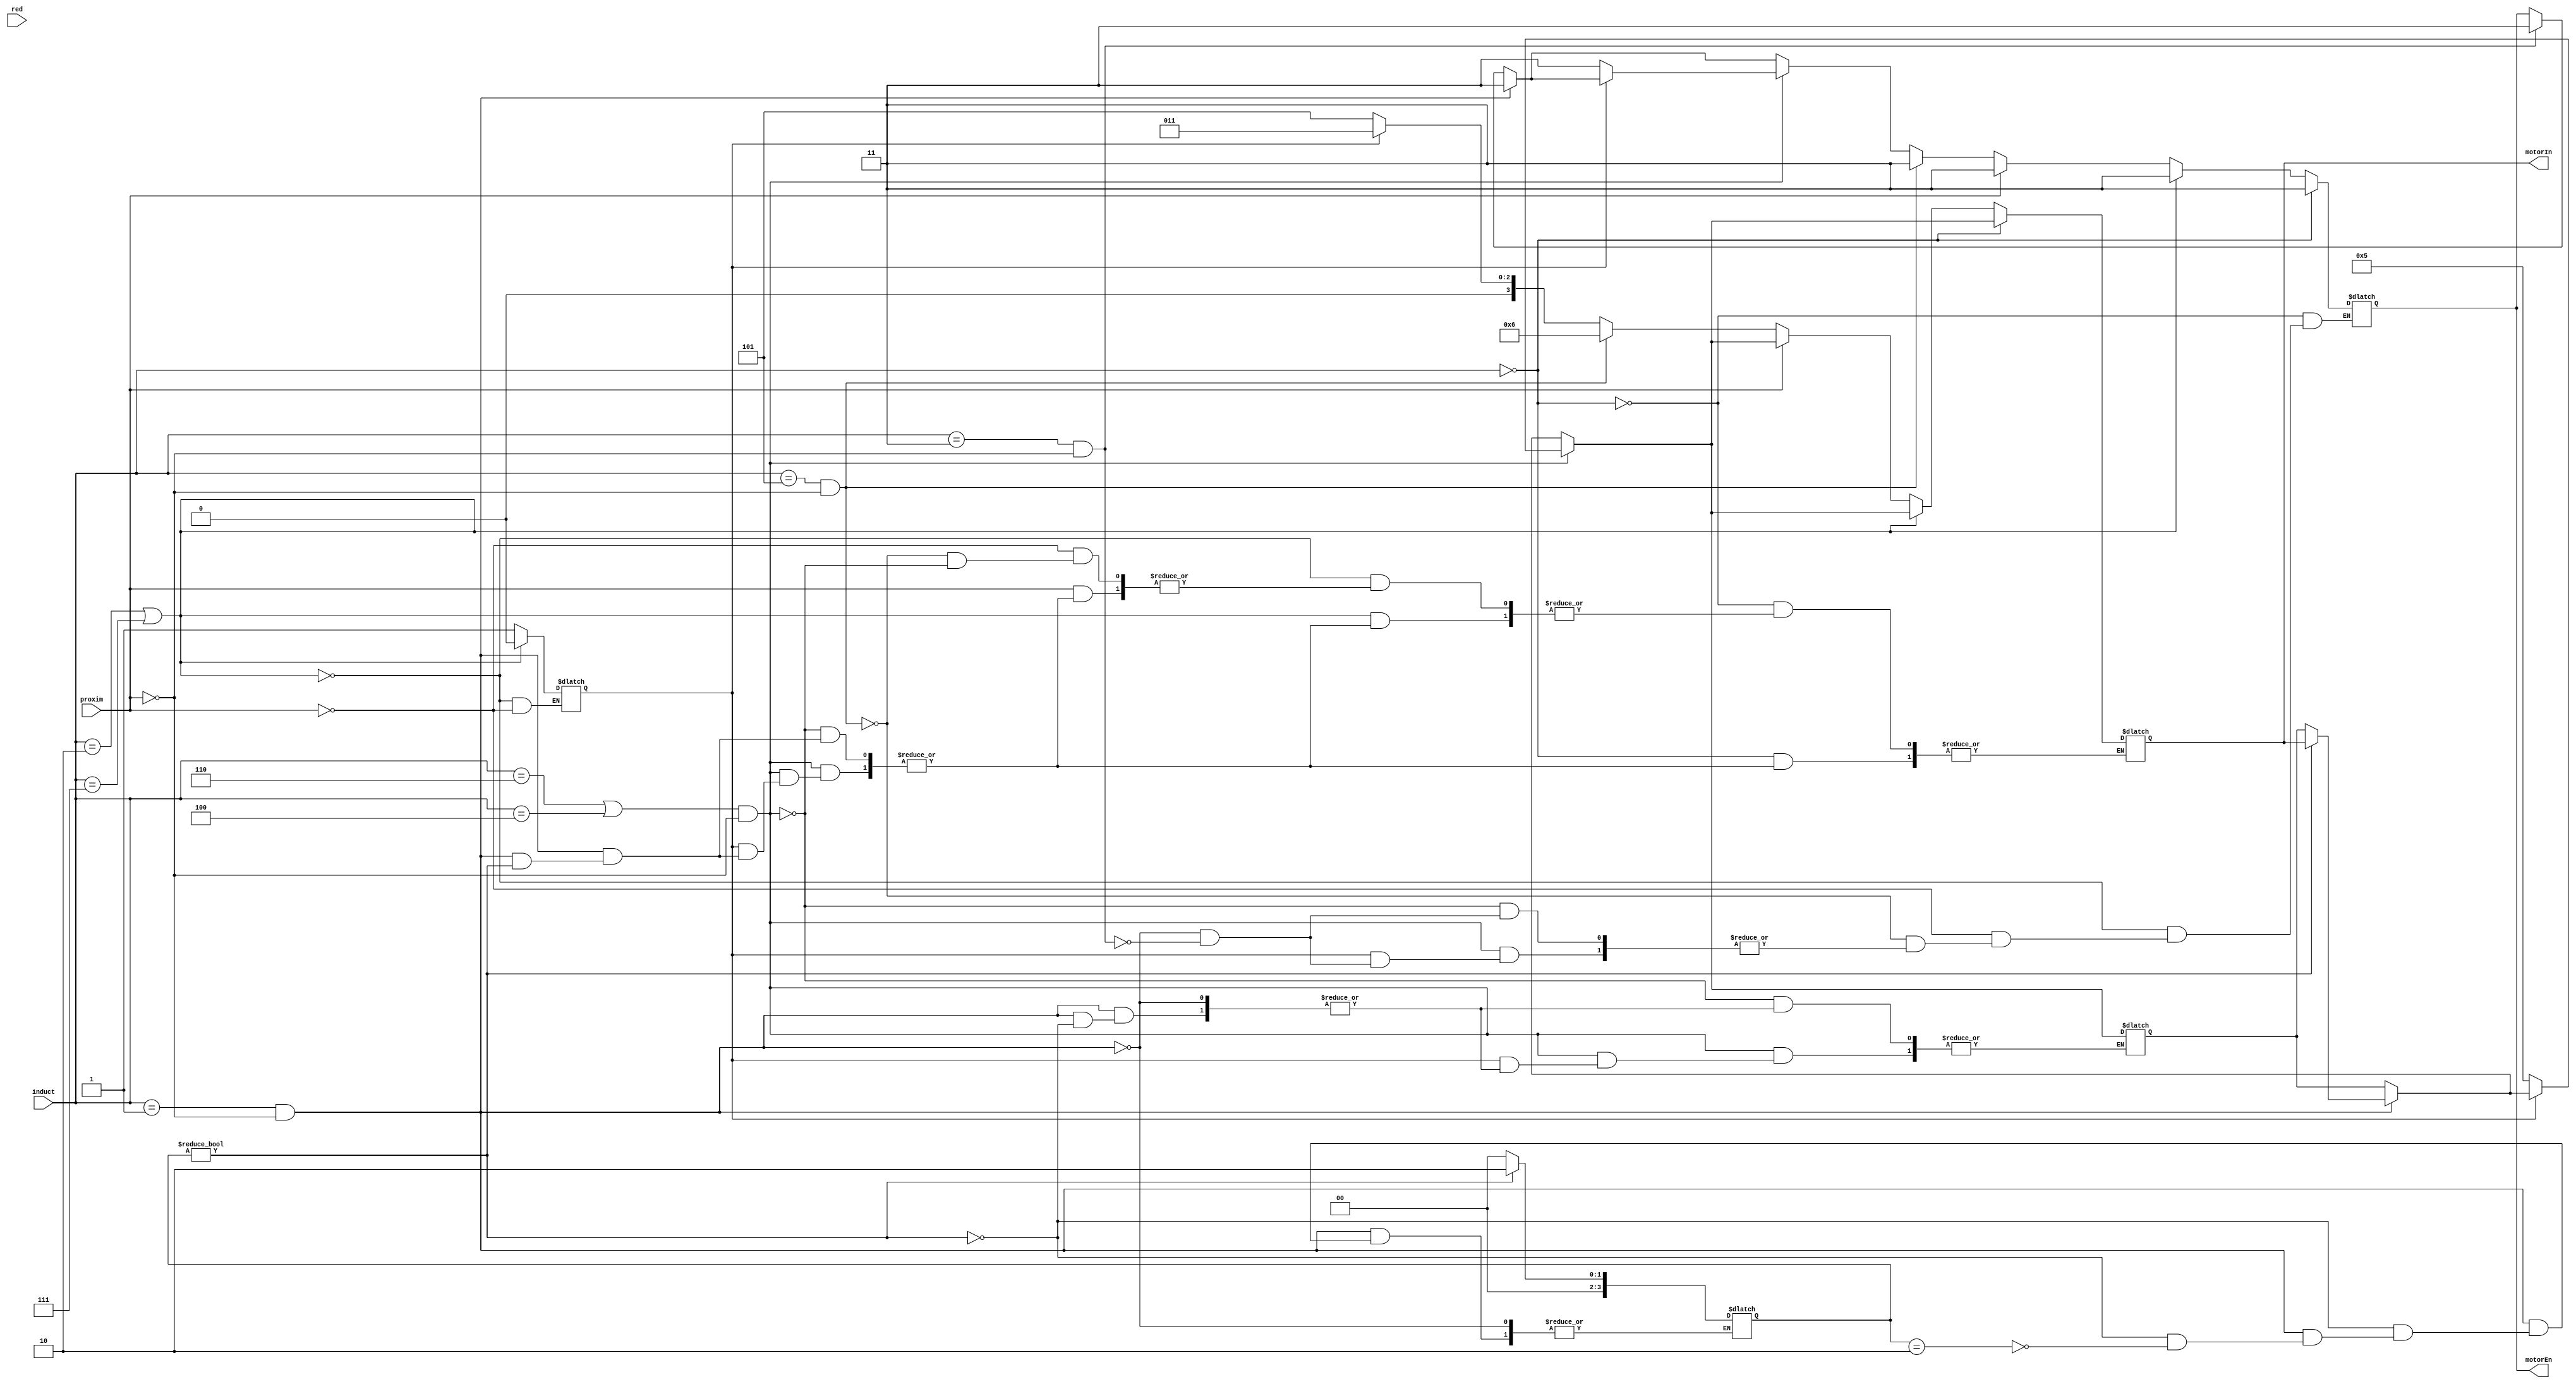
module Motor(input [2:0]induct, input proxim, output reg [3:0]motorIn, output reg [1:0] motorEn, input red);
reg [3:0] last; reg [3:0] redLast = 4'b0101; reg[3:0] proxim_last; reg at_Proxim;
    always @(*)
        begin
            if((induct == 3'b011) && !proxim) //left sensor on tape
                   begin
                    if(at_Proxim)
                        begin
                            motorIn <= last;
                            motorEn <= 2'b11;
                        end
                    else
                        begin
                            motorIn <= 4'b1010;
                            motorEn <= 2'b11;
                            last <= motorIn; //saves last state
                        end
                   end
            if(induct == 3'b001 && !proxim)
                begin
                    if(at_Proxim)
                        motorIn <= last;
                        motorEn <= 2'b11;
                    if(proxim_last)
                        begin
                          motorIn <= 4'b1010;
                          motorEn <= 2'b11;
                          proxim_last = 2;
                          last = motorIn;
                        end
                    else if(proxim_last == 2)
                        begin
                        motorIn <= 4'b0110;
                        motorEn <= 2'b11;
                        proxim_last = 0;
                        end
                    else
                        begin
                          motorIn <= 4'b1010;
                          motorEn <= 2'b11;
                        end
                end
            if((induct == 3'b110 || induct == 3'b100) && !proxim) //right sensor on tape
               begin
                   if(at_Proxim)
                        begin
                            motorIn = last;
                            motorIn = 2'b11;
                        end
                   else
                        begin
                            motorIn = 4'b0101;
                            motorEn <= 2'b11;
                            last = motorIn; //saves last state
                        end
               end
            if(induct == 3'b101 && !proxim) //middle sensor only on tape
                begin    
                    motorIn = 4'b0110;
                    motorEn <= 2'b11;
               end
            if(proxim) 
                begin
                    motorIn <= last;
                    at_Proxim = 1;
                    motorEn <=2'b11;
                end
            if(induct == 3'b010 || induct == 3'b111) //either mid junction turn or mid 180 turn
                begin
                    motorEn <= 2'b11;
                    motorIn <= last; //finish turn
                    at_Proxim <= 0;
                end 
            if(induct == 3'b000) //at junction
                    begin
                      motorEn <= 2'b11;
                      motorIn <= last;
                    end
                end    
endmodule